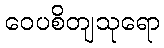
ဝေပစိတျသုရော